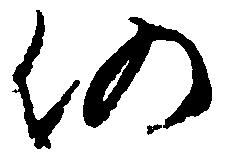
仍